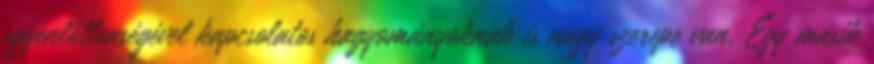
egyenlőtlenségével kapcsolatos hagyományoknak is nagy szerepe van. Egy másik